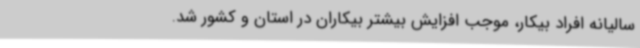
سالیانه افراد بیکار، موجب افزایش بیشتر بیکاران در استان و کشور شد.